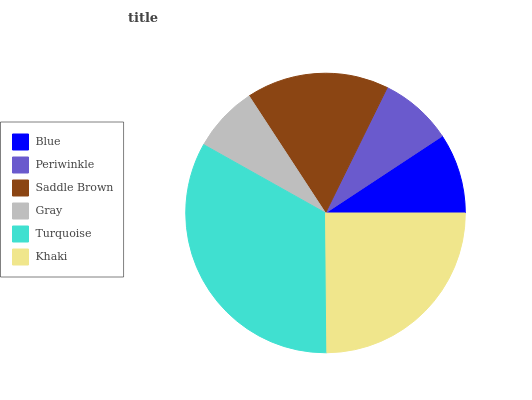
| Blue | Periwinkle | Saddle Brown | Gray | Turquoise | Khaki |
 | --- | --- | --- | --- | --- | --- |
 | 9.28% | 8.45% | 16.5% | 7.65% | 33.3% | 24.8% |